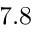
7 . 8